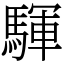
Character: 䮝